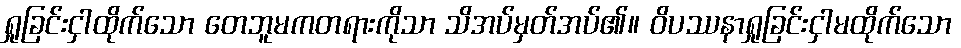
ရှုခြင်းငှါထိုက်သော တေဘူမကတရားကိုသာ သိအပ်မှတ်အပ်၏။ ဝိပဿနာရှုခြင်းငှါမထိုက်သော